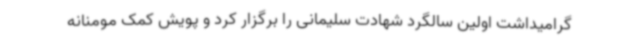
گرامیداشت اولین سالگرد شهادت سلیمانی را برگزار کرد و پویش کمک مومنانه